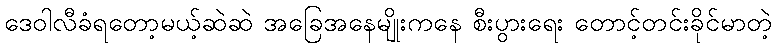
ဒေဝါလီခံရတော့မယ့်ဆဲဆဲ အခြေအနေမျိုးကနေ စီးပွားရေး တောင့်တင်းခိုင်မာတဲ့